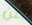
عن